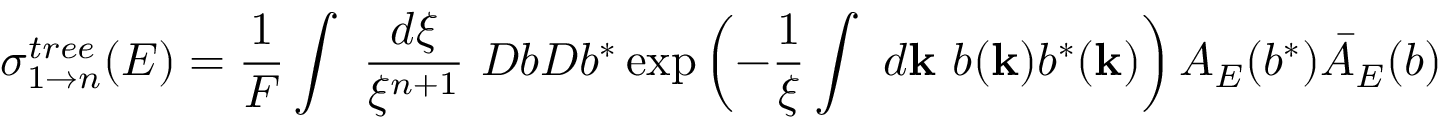
\sigma _ { 1 \to n } ^ { t r e e } ( E ) = \frac { 1 } { F } \int ~ \frac { d \xi } { \xi ^ { n + 1 } } ~ D b D b ^ { * } \exp \left( - \frac { 1 } { \xi } \int ~ d { \bf k } ~ b ( { \bf k } ) b ^ { * } ( { \bf k } ) \right) A _ { E } ( b ^ { * } ) \bar { A } _ { E } ( b )